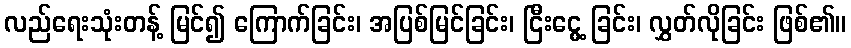
လည်ရေးသုံးတန့် မြင်၍ ကြောက်ခြင်း၊ အပြစ်မြင်ခြင်း၊ ငြီးငွေ့ ခြင်း၊ လွှတ်လိုခြင်း ဖြစ်၏။